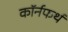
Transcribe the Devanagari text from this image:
कॉर्नफर्थ